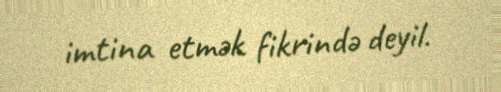
imtina etmək fikrində deyil.